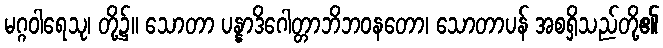
မဂ္ဂဝါရေသု၊ တို့၌။ သောတာ ပန္နာဒိဂေါတ္တာဘိဘဝနတော၊ သောတာပန် အစရှိသည်တို့၏